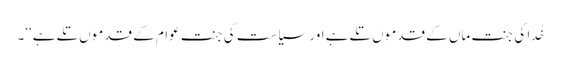
خُدا کی جنت ماں کے قدموں تلے ہے اور سیاست کی جنت عوام کے قدموں تلے ہے‘‘۔